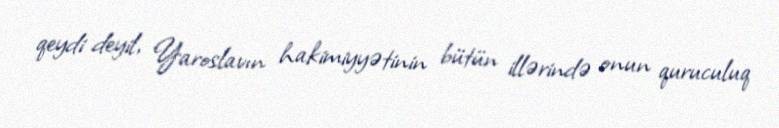
qeydi deyil, Yaroslavın hakimiyyətinin bütün illərində onun quruculuq